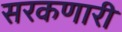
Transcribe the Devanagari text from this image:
सरकणारी